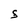
Character: S